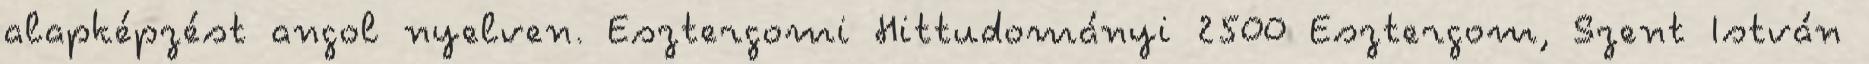
alapképzést angol nyelven. Esztergomi Hittudományi 2500 Esztergom, Szent István